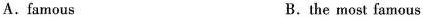
A.famous B.the most famous